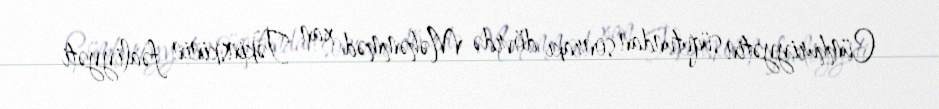
Cümhuriyyətin süqutundan sonrakı dövrdə Məhəmməd xan Təkinskinin fəaliyyəti